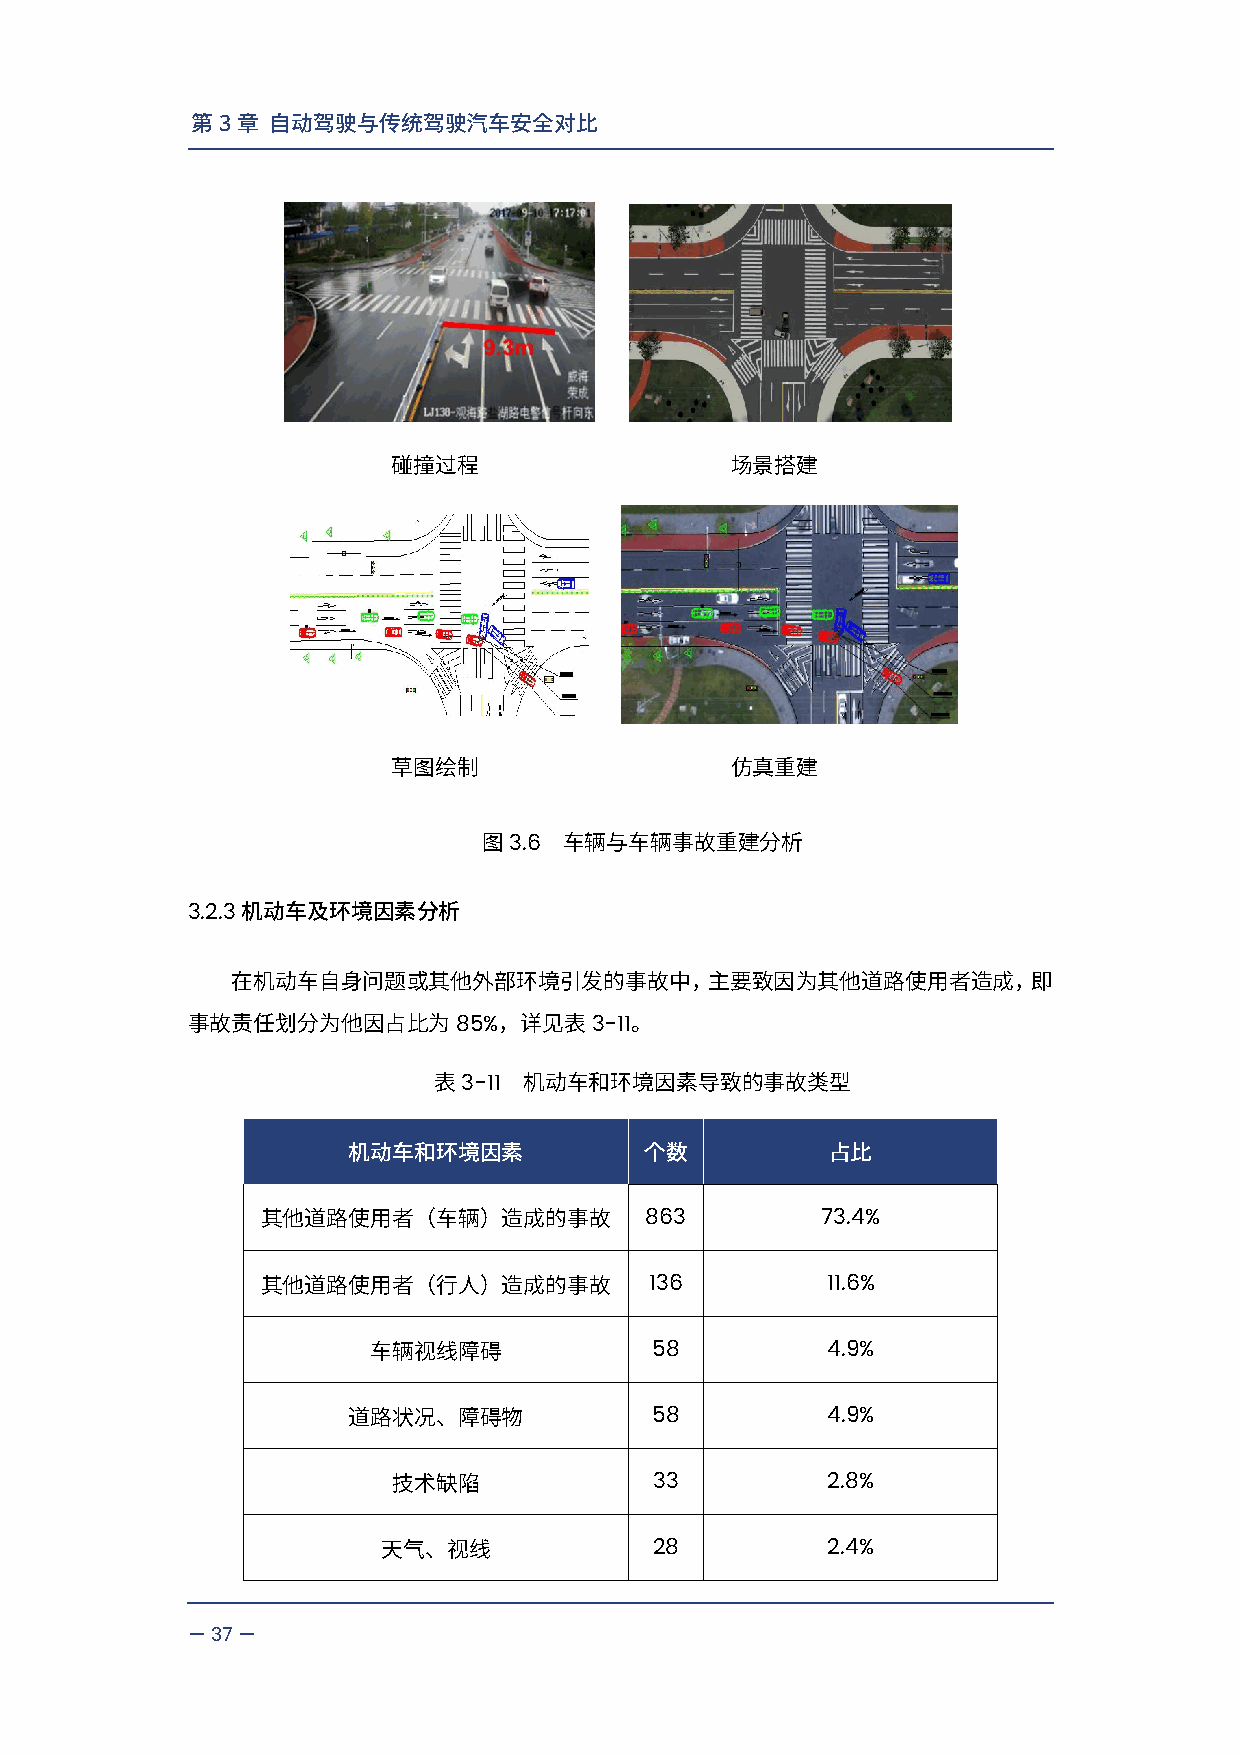
第3章  自动驾驶与传统驾驶汽车安全对比
 碰撞过程                  场景搭建
 草图绘制                  仿真重建
 3.6
 图    车辆与车辆事故重建分析
 3.2.3
 机动车及环境因素分析
 在机动车自身问题或其他外部环境引发的事故中，主要致因为其他道路使用者造成，即
 85%      3-11
 事故责任划分为他因占比为         ，详见表     。
 3-11
 表     机动车和环境因素导致的事故类型
 机动车和环境因素            个数          占比
 863        73.4%
 其他道路使用者（车辆）造成的事故
 136         11.6%
 其他道路使用者（行人）造成的事故
 58          4.9%
 车辆视线障碍
 58          4.9%
 道路状况、障碍物
 33          2.8%
 技术缺陷
 28          2.4%
 天气、视线
 —37—